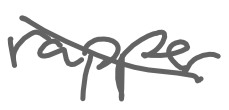
Text: rapper
Cross-out: diagonal
Writing tool: digital_gray